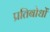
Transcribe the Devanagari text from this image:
प्रतिबोधों